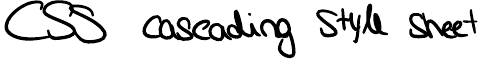
CSS cascading Style Sheet